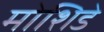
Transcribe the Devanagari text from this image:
मोशिडे